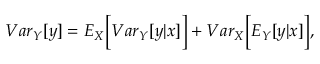
\begin{array} { r } { { V a r } _ { Y } [ y ] = { E } _ { X } \Big [ { V a r } _ { Y } [ y | x ] \Big ] + { V a r } _ { X } \Big [ { E } _ { Y } [ y | x ] \Big ] , } \end{array}